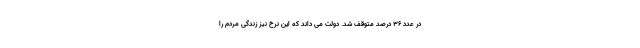
در عدد ۳۶ درصد متوقف شد. دولت می داند که این نرخ نیز زندگی مردم را